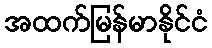
အထက်မြန်မာနိုင်ငံ